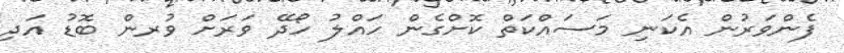
ފެންވަރުން އެކަނި މަސައްކަތް ކޮށްގެން ހައްލު ހޯދޭ ވަރަށް ވުރން ބޮޑު އަދި